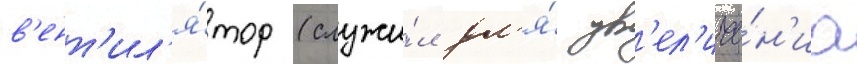
в'ент'ил'я́тор (служи́л дл'я́ ув'ел'иче́н'иа